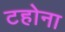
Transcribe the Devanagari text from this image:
टहोना